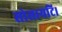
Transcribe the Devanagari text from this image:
सोसायटि।